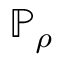
\mathbb { P } _ { \rho }